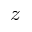
z